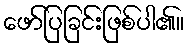
ဖော်ပြခြင်းဖြစ်ပါ၏။